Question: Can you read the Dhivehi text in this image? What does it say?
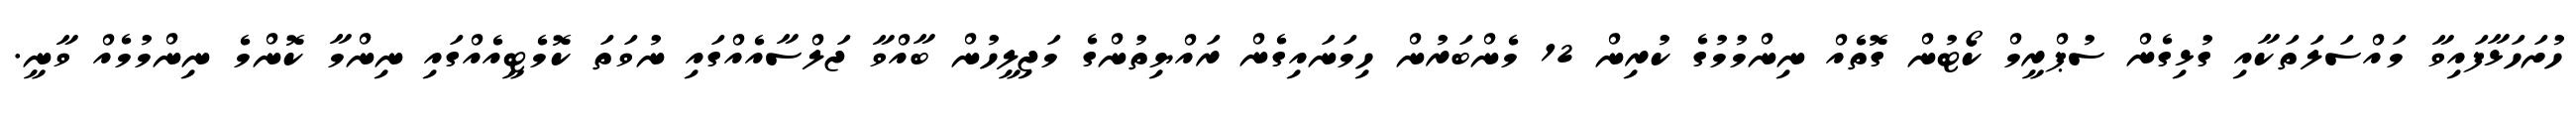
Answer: ހުށަހަޅާފައިވާ މައްސަލަތަކާއި ގުޅިގެން ސުޕްރީމް ކޯޓުން ގޮތެއް ނިންމުމުގެ ކުރިން 12 މެންބަރުން ހިމަނައިގެން ރައްޔިތުންގެ މަޖިލީހުން ބާއްވާ ޖަލްސާއެއްގައި ނުވަތަ ކޮމެޓީއެއްގައި ނިންމާ ކޮންމެ ނިންމުމެއް ވާނީ.